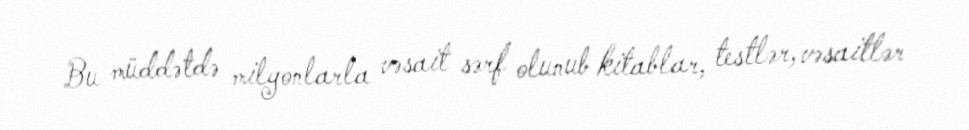
Bu müddətdə milyonlarla vəsait sərf olunub kitablar, testlər, vəsaitlər